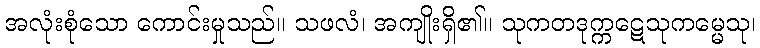
အလုံးစုံသော ကောင်းမှုသည်။ သဖလံ၊ အကျိုးရှိ၏။ သုကတဒုက္ကဋေသုကမ္မေသု၊